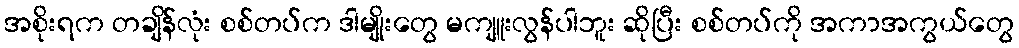
အစိုးရက တချိန်လုံး စစ်တပ်က ဒါမျိုးတွေ မကျူးလွန်ပါဘူး ဆိုပြီး စစ်တပ်ကို အကာအကွယ်တွေ